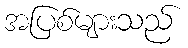
အပြစ်များသည်